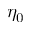
\eta _ { 0 }